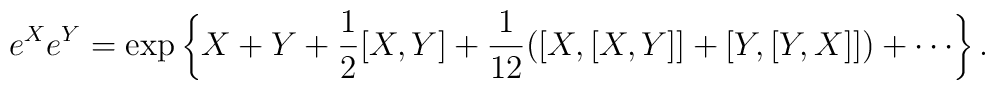
e^X e^Y = \exp \left\{ X+Y+{1 \over 2}[X,Y]+{1 \over 12}([X,[X,Y]]+[Y,[Y,X]]) + \cdots  \right\} .